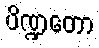
ပိဏ္ဍတော